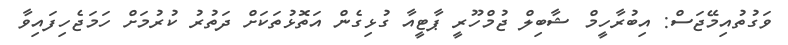
ވަގުތުއިމޭޖަސް: އިބުރާހީމް ޝާބިލް ޖުމްހޫރީ ޕާޓީއާ ގުޅިގެން އަތޮޅުތަކަށް ދަތުރު ކުރުމަށް ހަމަޖެހިފައިވާ